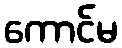
ကောင်မ